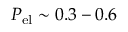
P _ { \mathrm { e l } } \sim 0 . 3 - 0 . 6